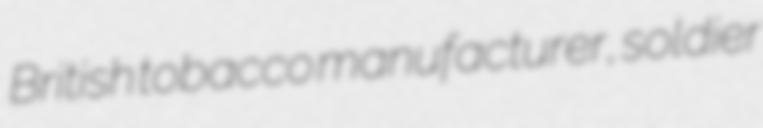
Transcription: British tobacco manufacturer, soldier